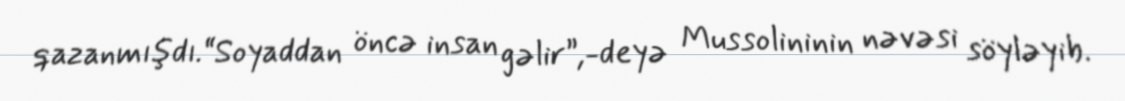
qazanmışdı.“Soyaddan öncə insan gəlir”,-deyə Mussolininin nəvəsi söyləyib.